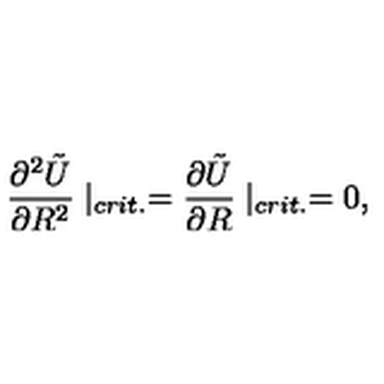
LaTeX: \frac { \partial ^ { 2 } \tilde { U } } { \partial R ^ { 2 } } \mid _ { c r i t . } = \frac { \partial \tilde { U } } { \partial R } \mid _ { c r i t . } = 0 ,